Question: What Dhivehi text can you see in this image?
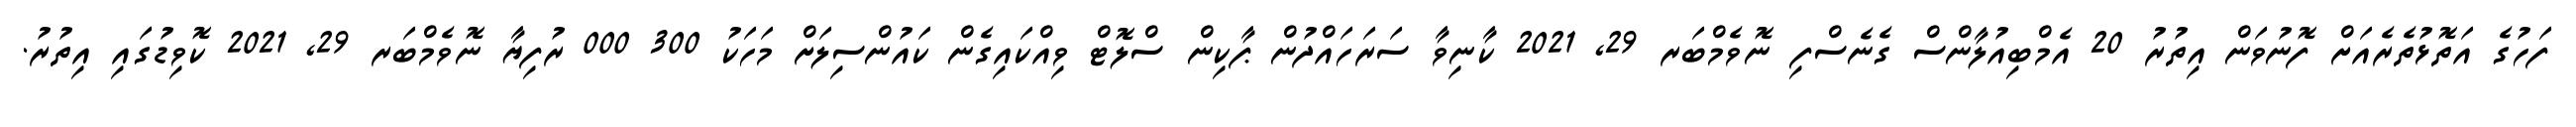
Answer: ފަހުގެ އަތޮޅުތެރެއަށް ފޮނުވަން އިތުރު 20 އެމްބިއުލާންސް ގެނެސްފި ނޮވެމްބަރ 29, 2021 ކާނިވާ ސަރަހައްދުން ޕާކިން ސްލޮޓް ވިއްކައިގެން ކައުންސިލަށް މަހަކު 300 000 ރުފިޔާ ނޮވެމްބަރ 29, 2021 ކޮވިޑުގައި އިތުރު.